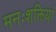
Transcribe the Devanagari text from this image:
मनःशक्तियां